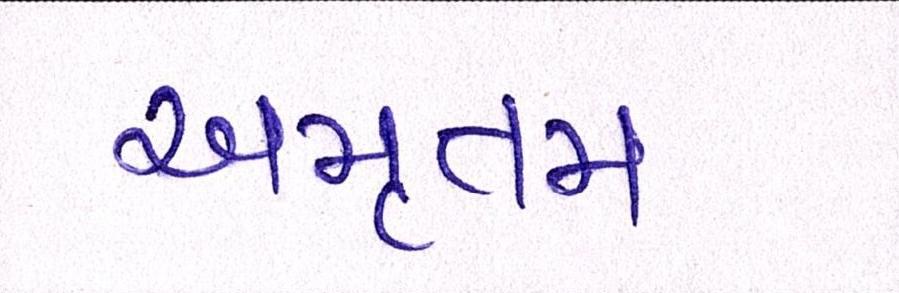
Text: અમૃતમ